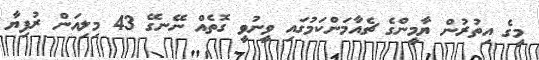
މީގެ އިތުރުން ޔާމީންގެ ޗެއާމަންކަމުގައި ވީނުވީ ގޮތެއް ނޭނގޭ 43 މިލިއަން ރުފިޔާ